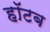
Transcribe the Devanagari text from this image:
हॉटब